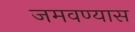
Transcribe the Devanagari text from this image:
जमवण्यास